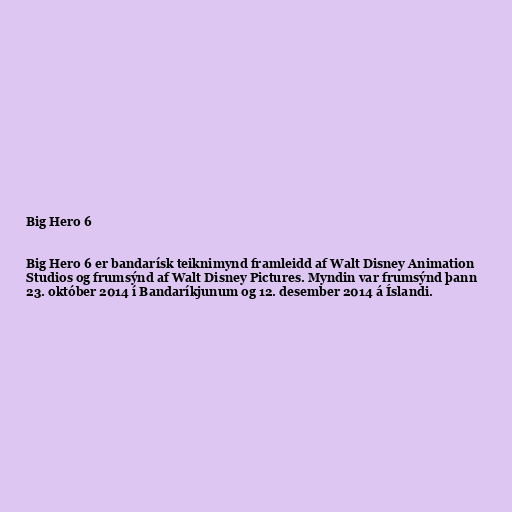
Big Hero 6

Big Hero 6 er bandarísk teiknimynd framleidd af Walt Disney Animation
Studios og frumsýnd af Walt Disney Pictures. Myndin var frumsýnd þann
23. október 2014 í Bandaríkjunum og 12. desember 2014 á Íslandi.